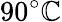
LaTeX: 90^{\circ}\mathbb{C}